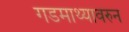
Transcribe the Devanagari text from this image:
गडमाथ्यावरुन